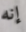
إنه